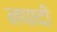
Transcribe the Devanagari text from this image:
नपादी